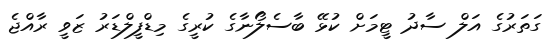
ގަތަރުގެ އަލް ސާދު ޓީމަށް ކުޅޭ ބާސެލޯނާގެ ކުރީގެ މިޑްފީލްޑަރު ޒަވީ ރާއްޖެ